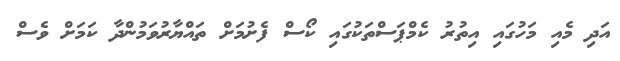
އަދި މެއި މަހުގައި އިތުރު ކެމްޕަސްތަކުގައި ކޯސް ފެށުމަށް ތައްޔާރުވަމުންދާ ކަަމަށް ވެސް